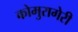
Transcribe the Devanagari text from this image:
कोमुरागेरी